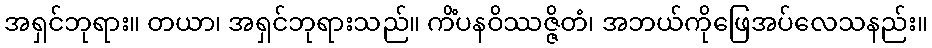
အရှင်ဘုရား။ တယာ၊ အရှင်ဘုရားသည်။ ကိံပနဝိဿဇ္ဇိတံ၊ အဘယ်ကိုဖြေအပ်လေသနည်း။